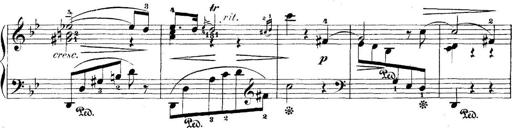
Title: 5 Sonatinas
Composer: Theodor Kirchner